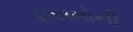
ઇસમોની